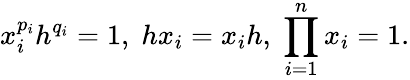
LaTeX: x_{i}^{p_{i}}h^{q_{i}}=1,\; hx_{i}=x_{i}h,\; \prod_{i=1}^{n}x_{i}=1.